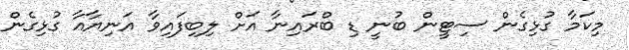
މިކަމާ ގުޅިގެން ސިޓީން ބުނީ ޑި ބްރައިނާ އަށް ލިބިފައިވާ އަނިޔާއާ ގުޅިގެން